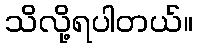
သိလို့ရပါတယ်။